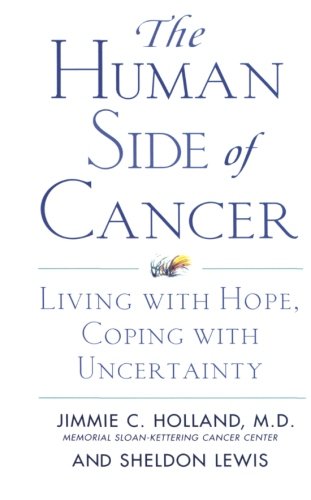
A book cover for The Human Side of Cancer: Living with Hope, Coping with Uncertainty; Jimmie Holland; Medical Books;